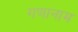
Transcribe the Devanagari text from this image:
गणानाम